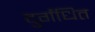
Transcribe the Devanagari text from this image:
दुर्गंधित